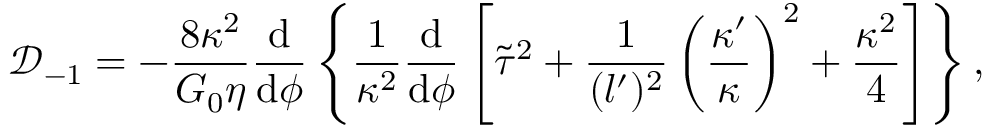
\mathcal { D } _ { - 1 } = - \frac { 8 \kappa ^ { 2 } } { G _ { 0 } \eta } \frac { \mathrm { d } } { \mathrm { d } \phi } \left\{ \frac { 1 } { \kappa ^ { 2 } } \frac { \mathrm { d } } { \mathrm { d } \phi } \left[ \tilde { \tau } ^ { 2 } + \frac { 1 } { ( l ^ { \prime } ) ^ { 2 } } \left( \frac { \kappa ^ { \prime } } { \kappa } \right) ^ { 2 } + \frac { \kappa ^ { 2 } } { 4 } \right] \right\} ,